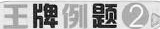
王牌例题2